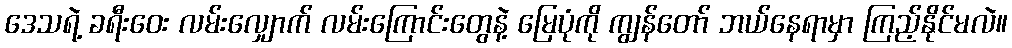
ဒေသရဲ့ ခရီးဝေး လမ်းလျှောက် လမ်းကြောင်းတွေနဲ့ မြေပုံကို ကျွန်တော် ဘယ်နေရာမှာ ကြည့်နိုင်မလဲ။